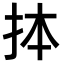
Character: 𢫆